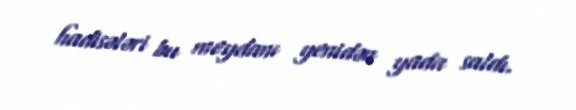
hadisələri bu meydanı yenidən yada saldı.